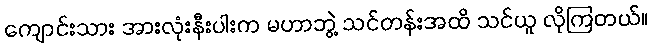
ကျောင်းသား အားလုံးနီးပါးက မဟာဘွဲ့ သင်တန်းအထိ သင်ယူ လိုကြတယ်။